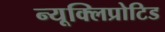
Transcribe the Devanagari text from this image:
न्यूक्लिप्रोटिड